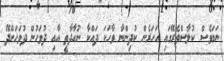
ނަމަވެސް ކުލާސްތެރޭގައި އަހަރެން ކުދިންނާ ވާހަކަ ދައްކާ ނުހާދާތީ އާއި ދުވަހުން ދުވަހަށްދޭ